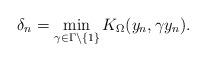
LaTeX: \begin{align*}\delta_n = \min_{\gamma \in \Gamma \setminus\{1\}} K_\Omega(y_n, \gamma y_n).\end{align*}